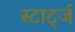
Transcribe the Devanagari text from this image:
स्टार्ट्ज